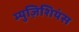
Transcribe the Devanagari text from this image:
म्युज़िशियंस